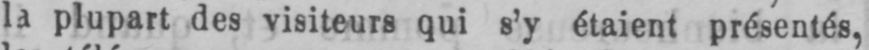
la plupart des visiteurs qui s’y étaient présentés,